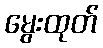
မွေးထုတ်